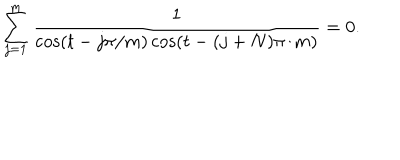
LaTeX: \sum _ { j = 1 } ^ { m } { \frac { 1 } { \cos ( t - { j \pi / m } ) \cos ( t - { ( j + N ) \pi / m } ) } } = 0 .